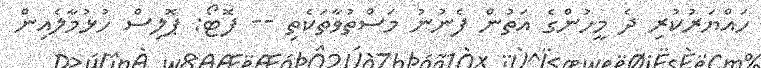
ހައްޔަރުކުރި ދެ މީހުންގެ އަތުން ފެނުނު މަސްތުވާތަކެތި -- ފޮޓޯ: ޕޮލިސް ހުޅުމާލެއިން